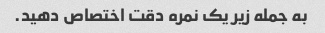
به جمله زیر یک نمره دقت اختصاص دهید.